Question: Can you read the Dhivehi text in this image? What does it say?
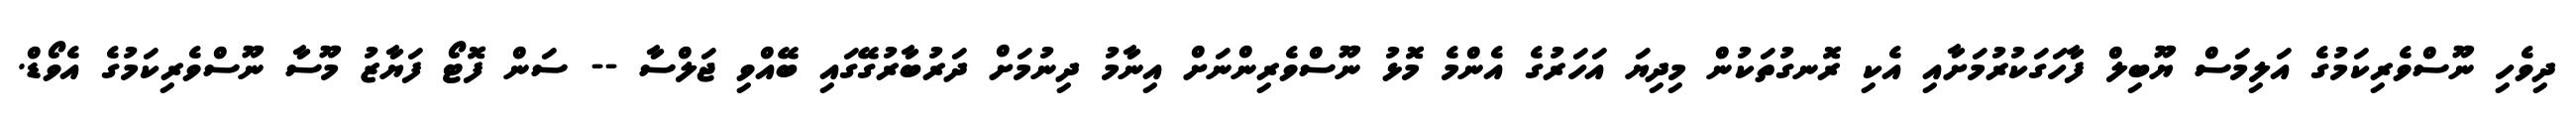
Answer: ދިވެހި ނޫސްވެރިކަމުގެ އަލިމަސް ޔޫބިލް ފާހަގަކުރުމަށާއި އެކި ރޮނގުތަކުން މިދިޔަ އަހަރުގެ އެންމެ މޮޅު ނޫސްވެރިންނަށް އިނާމު ދިނުމަށް ދަރުބާރުގޭގައި ބޭއްވި ޖަލްސާ -- ސަން ފޮޓޯ ފަޔާޒު މޫސާ ނޫސްވެރިކަމުގެ އެވޯޑް.